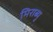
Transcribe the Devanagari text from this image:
मिराब्यु